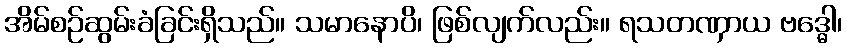
အိမ်စဉ်ဆွမ်းခံခြင်းရှိသည်။ သမာနောပိ၊ ဖြစ်လျက်လည်း။ ရသတဏှာယ ဗဒ္ဓေါ၊